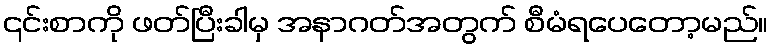
၎င်းစာကို ဖတ်ပြီးခါမှ အနာဂတ်အတွက် စီမံရပေတော့မည်။